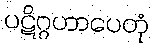
ပဋိဂ္ဂဟာပေတုံ